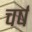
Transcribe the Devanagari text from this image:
चर्ष